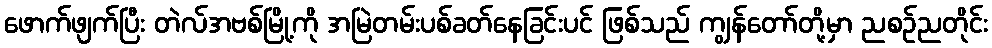
ဖောက်ဖျက်ပြီး တဲလ်အဗစ်မြို့ကို အမြဲတမ်းပစ်ခတ်နေခြင်းပင် ဖြစ်သည် ကျွန်တော်တို့မှာ ညစဉ်ညတိုင်း